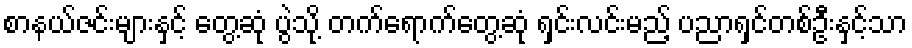
စာနယ်ဇင်းများနှင့် တွေ့ဆုံ ပွဲသို့ တက်ရောက်တွေ့ဆုံ ရှင်းလင်းမည့် ပညာရှင်တစ်ဦးနှင့်သာ